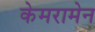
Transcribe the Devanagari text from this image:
केमरामेन